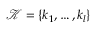
\mathcal { K } = \{ k _ { 1 } , \ldots , k _ { l } \}